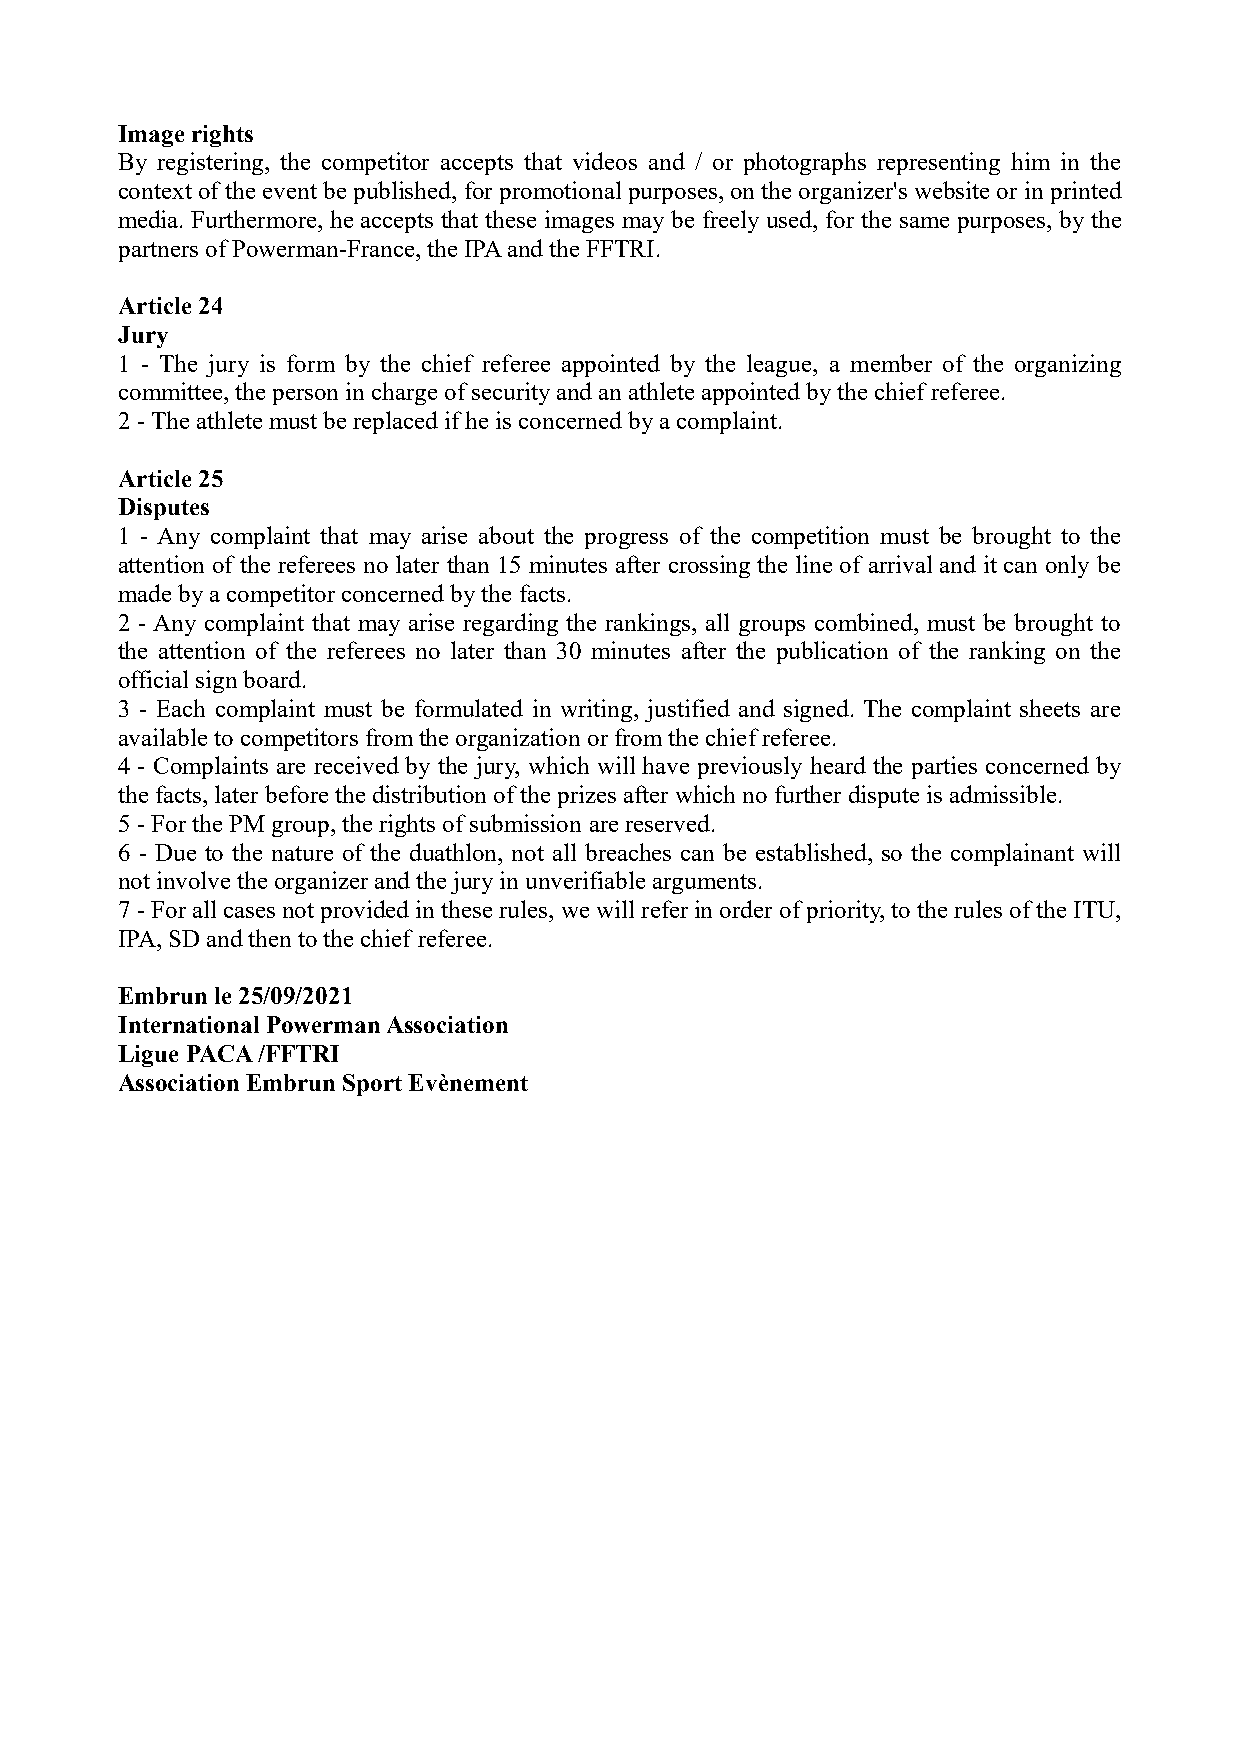
Image rights
 By registering, the competitor accepts that videos and / or photographs representing him in the
 context of the event be published, for promotional purposes, on the organizer's website or in printed
 media. Furthermore, he accepts that these images may be freely used, for the same purposes, by the
 partners of Powerman-France, the IPA and the FFTRI.
 Article 24
 Jury
 1 - The jury is form by the chief referee appointed by the league, a member of the organizing
 committee, the person in charge of security and an athlete appointed by the chief referee.
 2 - The athlete must be replaced if he is concerned by a complaint.
 Article 25
 Disputes
 1 - Any complaint that may arise about the progress of the competition must be brought to the
 attention of the referees no later than 15 minutes after crossing the line of arrival and it can only be
 made by a competitor concerned by the facts.
 2 - Any complaint that may arise regarding the rankings, all groups combined, must be brought to
 the attention of the referees no later than 30 minutes after the publication of the ranking on the
 official sign board.
 3 - Each complaint must be formulated in writing, justified and signed. The complaint sheets are
 available to competitors from the organization or from the chief referee.
 4 - Complaints are received by the jury, which will have previously heard the parties concerned by
 the facts, later before the distribution of the prizes after which no further dispute is admissible.
 5 - For the PM group, the rights of submission are reserved.
 6 - Due to the nature of the duathlon, not all breaches can be established, so the complainant will
 not involve the organizer and the jury in unverifiable arguments.
 7 - For all cases not provided in these rules, we will refer in order of priority, to the rules of the ITU,
 IPA, SD and then to the chief referee.
 Embrun le 25/09/2021
 International Powerman Association
 Ligue PACA /FFTRI
 Association Embrun Sport Evènement